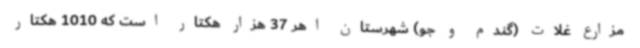
مزارع غلات (گندم و جو) شهرستان اهر 37 هزار هکتار است که 1010 هکتار